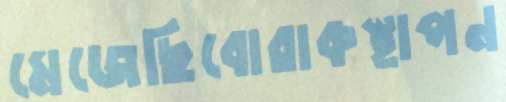
মেজেছিবোরাকস্থাপন